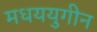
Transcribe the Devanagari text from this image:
मधययुगीन